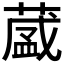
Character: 𮐺